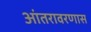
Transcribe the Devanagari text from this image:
आंतरावरणास